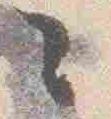
々